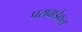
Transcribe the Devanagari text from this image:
परावाईकल